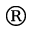
^ \mathrm { \textregistered }